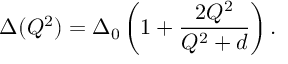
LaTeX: \Delta ( Q ^ { 2 } ) = \Delta _ { 0 } \left( 1 + \frac { 2 Q ^ { 2 } } { Q ^ { 2 } + d } \right) .